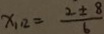
x _ { 1 1 2 } = \frac { 2 \pm 8 } { 6 }